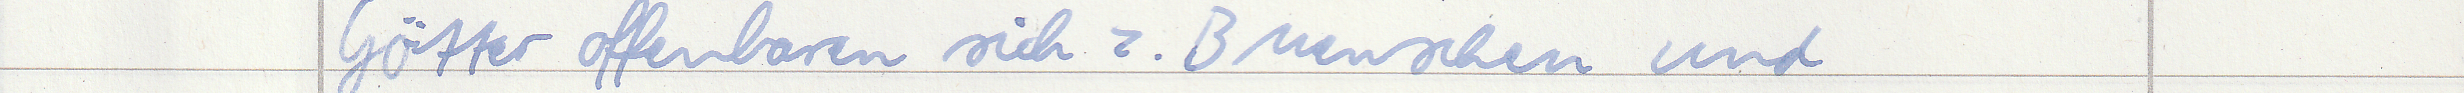
Götter offenbaren sich z.B Menschen und